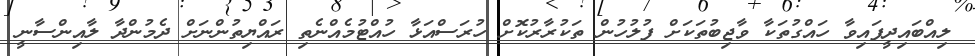
ލިއްބައިދީފައިވާ ހައްގުތަކާ ވާޖިބުތަކަށް ފުލުހުން ތަކުރާރުކޮށް ހުރަސްއަޅާ ހުއްޓުމެއްނެތި ރައްޔިތުންނަށް ދެމުންދާ ލާއިންސާނީ